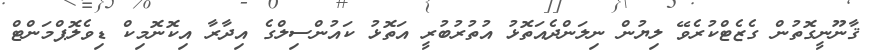
ޤާނޫނީގޮތުން ގެޒެޓްކުރެވޭ ލިޔުން ނިލަންދެއަތޮޅު އުތުރުބުރީ އަތޮޅު ކައުންސިލްގެ އިދާރާ އިކޮނޮމިކް ޑިވެލޮޕްމަންޓް